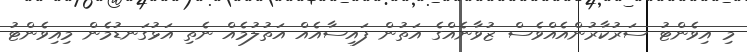
މި އިވެންޓު ސަރުކާރުންއެއްވެސް ޒުވާނެއްގެ އަތުން ފައިސާއެއް އަތުލުމެއް ނެތި އަޅުގަނޑުމެން މިއިވެންޓު